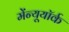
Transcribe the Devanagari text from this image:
मेंन्यूयॉर्क